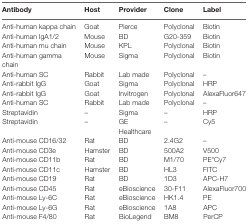
| Antibody | Host | Provider | Clone | Label |
 | --- | --- | --- | --- | --- |
 | Anti-human kappa chain | Goat | Pierce | Polyclonal | Biotin |
 | Anti-human IgA1/2 | Mouse | BD | G20-359 | Biotin |
 | Anti-human mu chain | Mouse | KPL | Polyclonal | Biotin |
 | Anti-human gamma chain | Mouse | Sigma | Polyclonal | Biotin |
 | Anti-human SC | Rabbit | Lab made | Polyclonal | – |
 | Anti-rabbit IgG | Goat | Sigma | Polyclonal | HRP |
 | Anti-rabbit IgG | Goat | Invitrogen | Polyclonal | AlexaFluor647 |
 | Anti-human SC | Rabbit | Lab made | Polyclonal | – |
 | Streptavidin | – | Sigma | – | HRP |
 | Streptavidin | – | GE Healthcare | – | Cy5 |
 | Anti-mouse CD16/32 | Rat | BD | 2.4G2 | – |
 | Anti-mouse CD3e | Hamster | BD | 500A2 | V500 |
 | Anti-mouse CD11b | Rat | BD | M1/70 | PE*Cy7 |
 | Anti-mouse CD11c | Hamster | BD | HL3 | FITC |
 | Anti-mouse CD19 | Rat | BD | 1D3 | APC-H7 |
 | Anti-mouse CD45 | Rat | eBioscience | 30-F11 | AlexaFluor700 |
 | Anti-mouse Ly-6C | Rat | eBioscience | HK1.4 | PE |
 | Anti-mouse Ly-6G | Rat | eBioscience | 1A8 | APC |
 | Anti-mouse F4/80 | Rat | BioLegend | BM8 | PerCP |